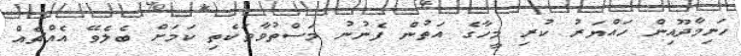
ހަނިމާދޫއިން ހައްޔަރު ކުރި މީހާގެ އަތުން ފެނުނު މަސްތުވާތަކެތި ކަމަށް ބެލެވޭ އެއްޗެއް